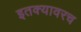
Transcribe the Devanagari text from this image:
इतक्यावरच